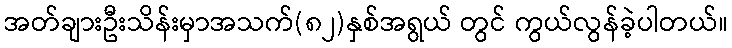
အတ်ချားဦးသိန်းမှာအသက်(၈၂)နှစ်အရွယ် တွင် ကွယ်လွန်ခဲ့ပါတယ်။